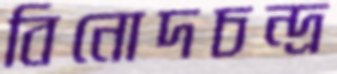
বিনোদচন্দ্র